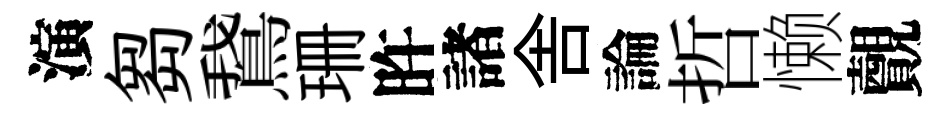
演芻鵞珊旿諸舎論哲懒覿